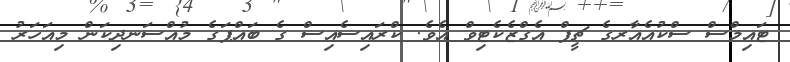
ޓައިމްސް ސްކުއެއާރގެ ޗީފް އެގްޒެކެޓިވް އެވެ. ކްރައިސެއިސް ގެ ބައްޕަގެ މުއްސަނދިކަން މިއަހަރު